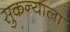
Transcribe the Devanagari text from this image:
सुकन्याला